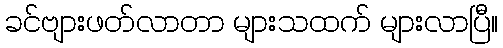
ခင်ဗျားဖတ်လာတာ များသထက် များလာပြီ။